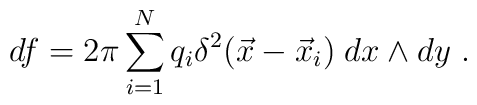
df = 2 \pi\sum_{i=1}^{N} q_i \delta^2(\vec{x}-\vec{x}_i)\; dx\wedge    dy~.